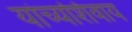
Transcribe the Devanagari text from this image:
यांच्यशिवाय